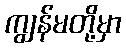
ကျွန်မတို့မှာ